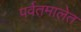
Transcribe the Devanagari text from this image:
पर्वतमालेत